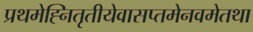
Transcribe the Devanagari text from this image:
प्रथमेह्नितृतीयेवासप्तमेनवमेतथा